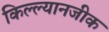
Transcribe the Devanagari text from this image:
किल्ल्यानजीक